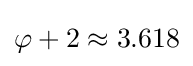
\varphi +2\approx 3.618